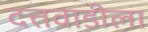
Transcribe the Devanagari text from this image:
दत्तवाडीला